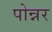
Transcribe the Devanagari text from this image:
पोन्नर